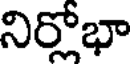
నిర్లోభా